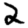
Digit: 2